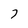
Character: 7